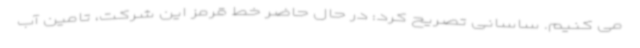
می کنیم. ساسانی تصریح کرد: در حال حاضر خط قرمز این شرکت، تامین آب